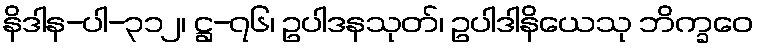
နိဒါန-ပါ-၃၁၂၊ ဋ္ဌ-၇၆၊ ဥပါဒနသုတ်၊ ဥပါဒါနိယေသု ဘိက္ခဝေ